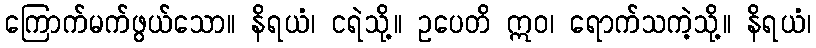
ကြောက်မက်ဖွယ်သော။ နိရယံ၊ ငရဲသို့။ ဥပေတိ ဣဝ၊ ရောက်သကဲ့သို့။ နိရယံ၊